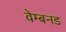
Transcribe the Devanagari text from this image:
वेम्बनड